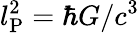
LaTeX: l_{\mathrm{P}}^{2}=\hbar G/c^{3}